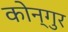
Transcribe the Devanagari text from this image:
कोन्गुर